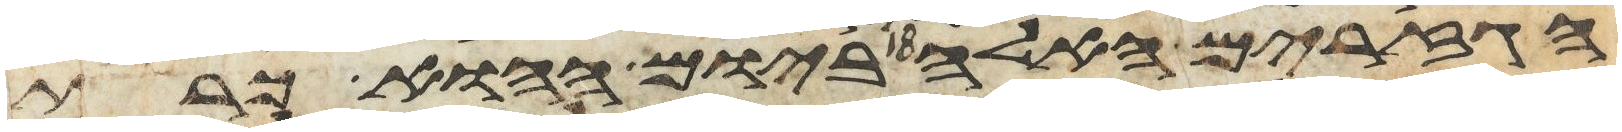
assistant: הגזרים האלה ביום ההוא כרת